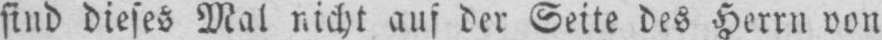
sind dieses Mal nicht auf der Seite des Herrn von